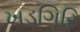
ખડગિરિ